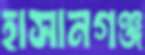
হাসানগঞ্জ